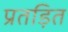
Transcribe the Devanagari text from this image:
प्रतड़ित